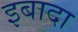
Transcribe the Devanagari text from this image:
इबादा